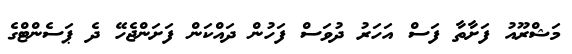
މަޝްރޫއު ފަަށާތާ ފަސް އަހަރު ދުވަސް ފަހުން ދައްކަން ފަށަންޖެހޭ ދެ ޕަސެންޓްގެ